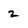
Character: 2